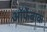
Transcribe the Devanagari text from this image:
ऑफेंबाक